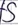
Text: S